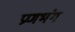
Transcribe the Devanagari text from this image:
प्रणभंग